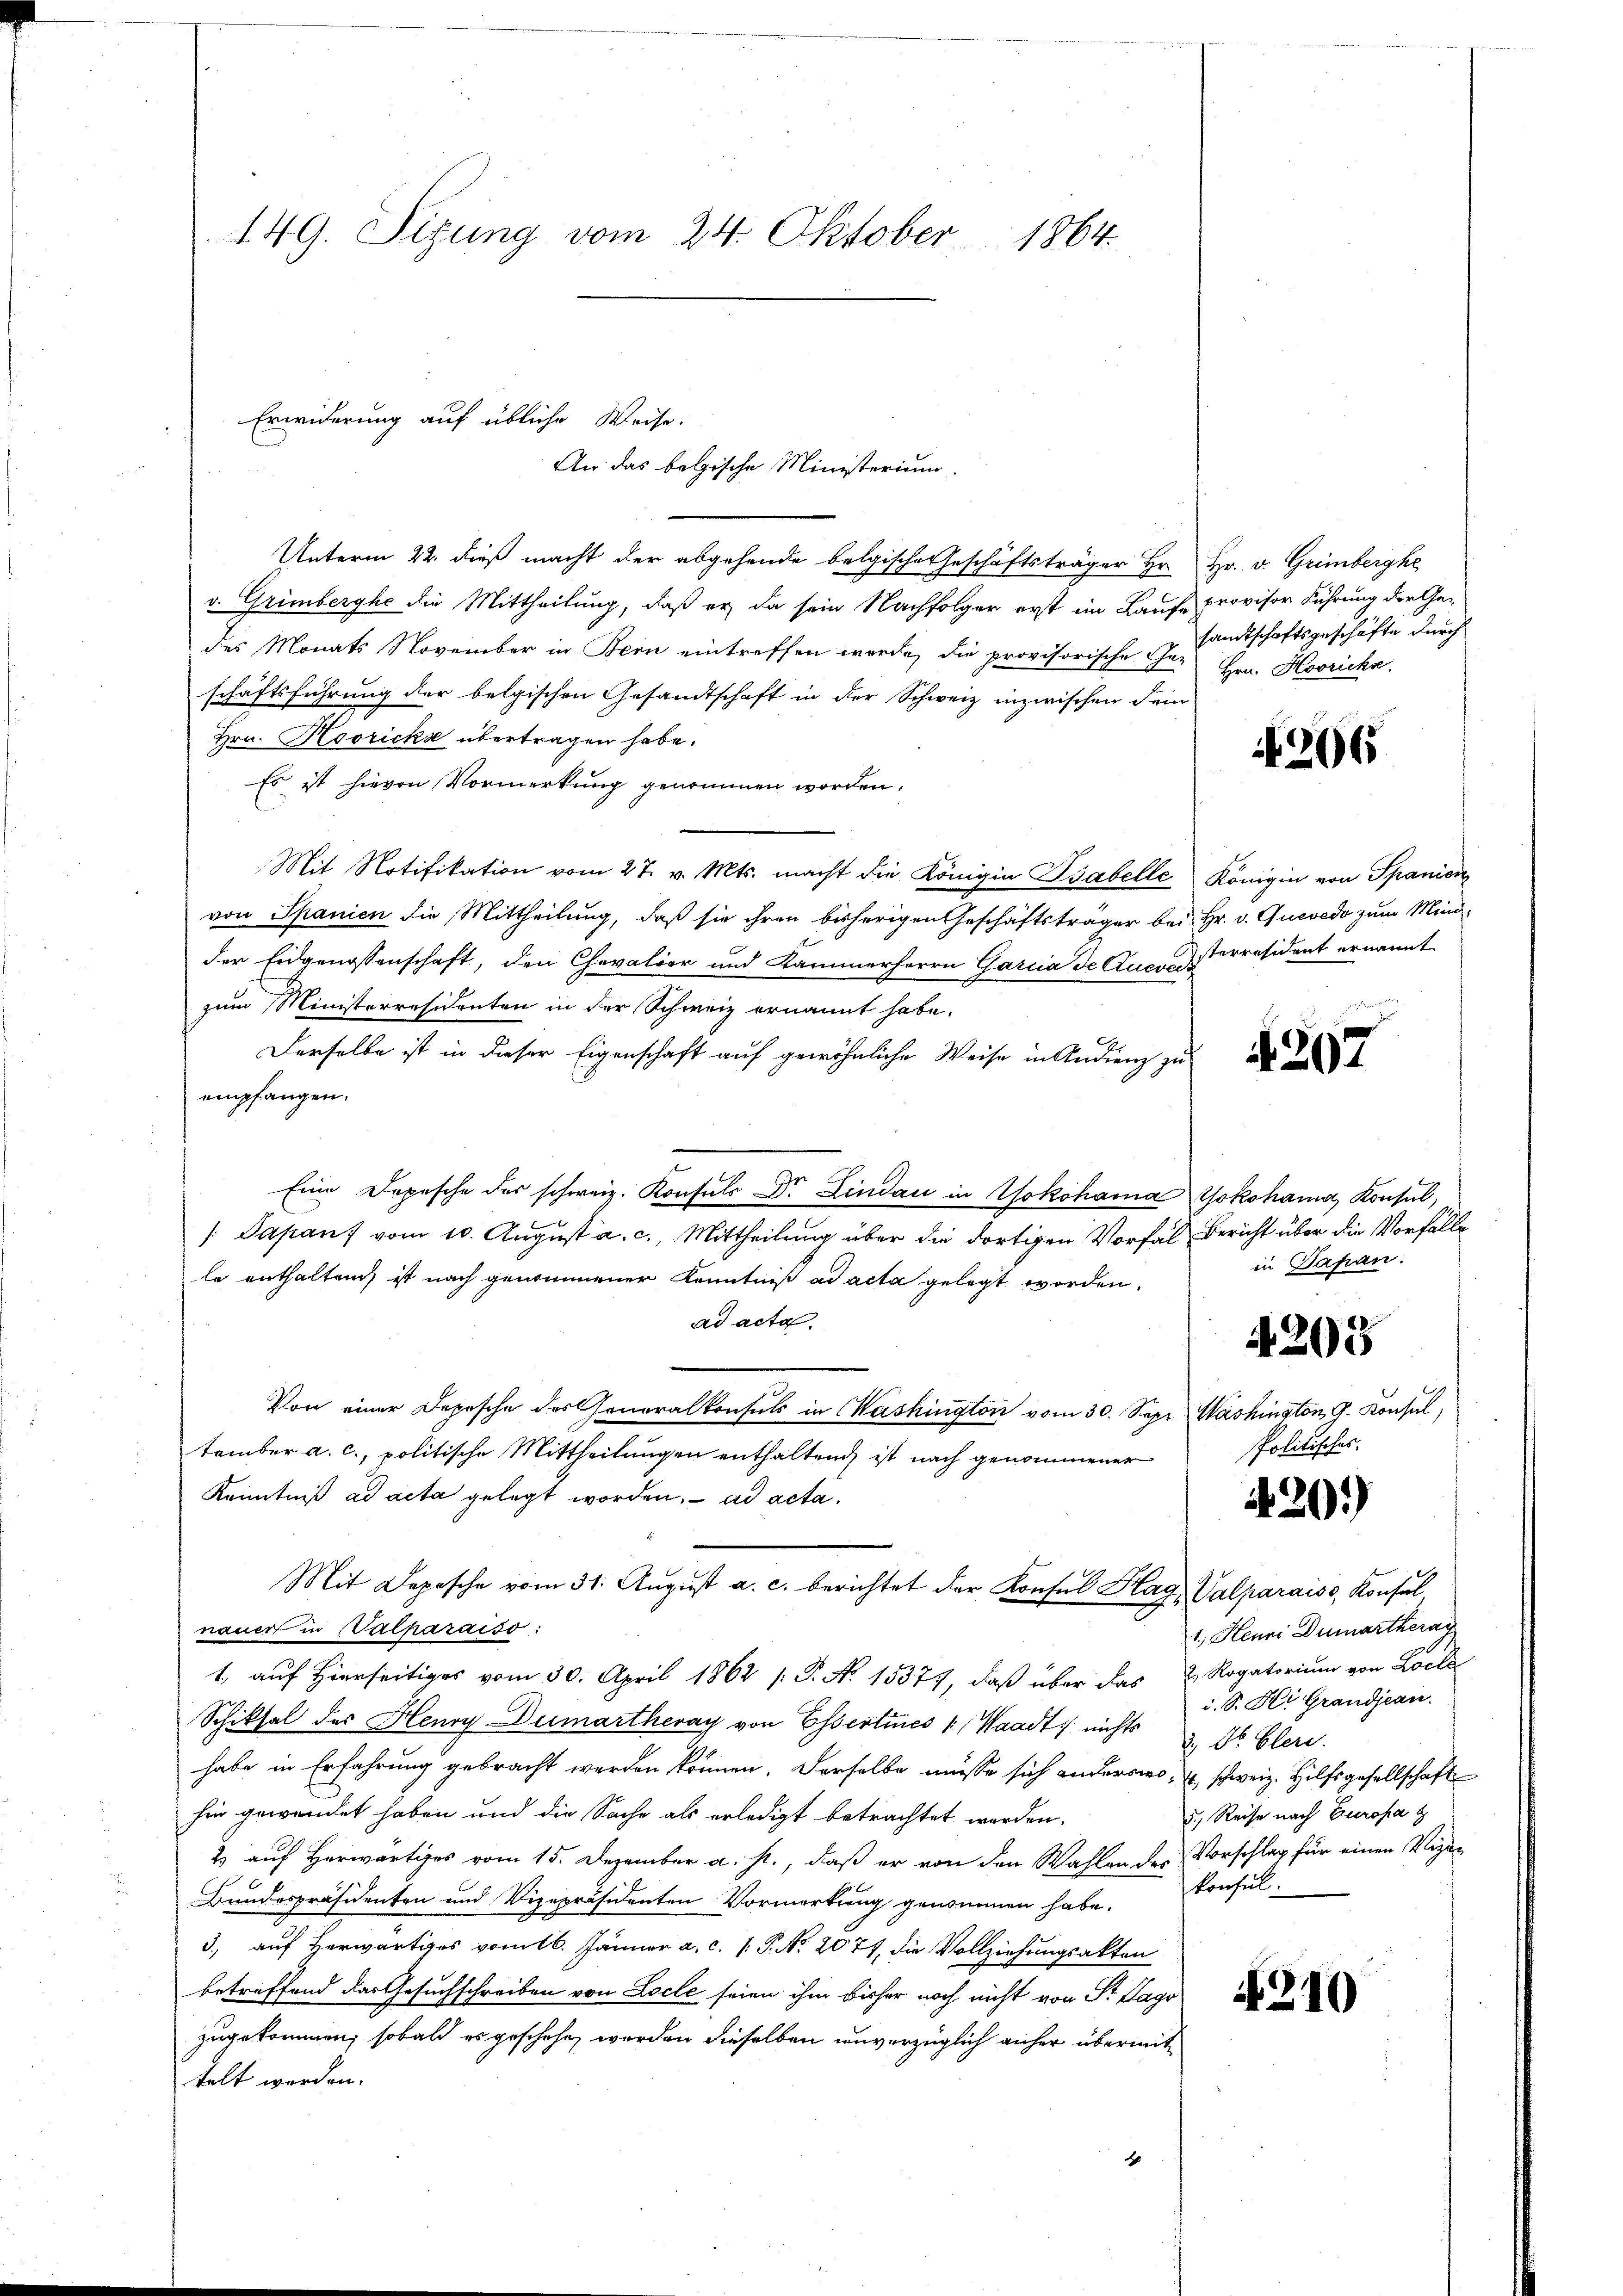
149. Sizung vom 24. Oktober 1864.

Unterm 22. dieß macht der abgehende belgische Geschäftsträger Hr. Hr. v. Grimberghe
v. Grimberghe die Mittheilung, daß er da sein Nachfolger erst im Laufe provisor Führung der Gedes Monats November in Bern eintreffen werde, die provisorische Ger Hrn. Hovricks,
schäftsführung der belgischen Gesandtschaft in der Schweiz inzwischen Fein-
Hrn. Hooricke übertragen habe.
Es ist hievon Vormerkung genommen worden.
Mit Notifikation vom 27. v. Mts. macht die Königin Babelle Königin von Spanien
von Spanien die Mittheilung, daß sie ihren bisherigen Geschäftsträger bei Hr. v. Quevedo zum Minider Eidgenossenschaft, den Chevalier und Kammerherrn Garcia de Ausserräsident ernannt
zum Ministerresidenten in der Schweiz ernannt habe.
Derselbe ist in dieser Eigenschaft auf gewöhnliche Weise in Andrenz zu
empfangen.
Eine Depesche des schweiz. Konsuls Dr. Lindau in Yokohama Yokohama, Konsul,
[Dapans vom 10. August a. c., Mittheilung über die dortigen Vorfal Bericht über die Vorfälle
le enthalten ist nach genommener Kenntniß ad acta gelegt worden.
ad acta.
Von einer Depesche des Generalkonsuls in Washington vom 30. Sept. Washington G. Konsul,
tember a. c., politische Mittheilungen enthaltend ist nach genommener
Kenntniß ad acta gelegt worden. ad acta.
Mit Depesche vom 31. Aŭgŭst a. c. berichtet der Konsul Hag Valparaiss, Konsul,
nauer in alharaiso:
1, auf Hierseits vom 30. April 1862 /: P. N. 15377, daß über das u. Rogatorium von Löche
Schiksal des Henry Dumartheray von Essertines 1 (Waadt, nichts u. 10. Cleri
habe in Erfahrung gebracht werden können. Derselbe müsse sich anderswo, schweiz. Hilfsgesellschaft
hin gewendet haben und die Sache als erledigt betrachtet werden.
2 auf Herwärtiges vom 15. Dezember a. p., daß er von den Wahlen des Vorschlag für einen Vigan
Konsul
Bundespräsidenten und Vizepräsidenten Vormerkung genommen habe.
3), auf Herwärtiges vom 16. Jänner a. c. 1 P. No. 2077, die Vollziehungsakten
betreffend das Gesuchschreiben von Locle seien ihm bisher noch nicht von Sr. Dago
zugekommen, sobald es geschehe, werden dieselben unverzüglich anher übermittelt werden.
F

Erwiderung auf übliche Weise.
An das belgische Ministerium.

sandtschaftsgeschäfte durch

206

4207

in Japan.

4205

Politisches.

A20.)

1. Henri Dumartherar
u. S. Hi Grandjean
5.) Reise nach Europa z